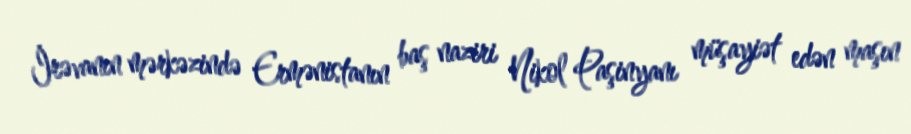
İrəvanın mərkəzində Ermənistanın baş naziri Nikol Paşinyanı müşayiət edən maşın